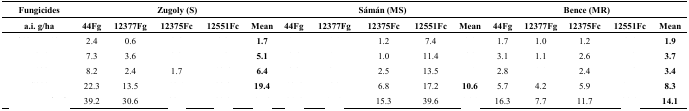
<table><thead><tr><td><b>Fungicides</b></td><td colspan="5"><b>Zugoly (S)</b></td><td colspan="5"><b>Sámán (MS)</b></td><td colspan="5"><b>Bence (MR)</b></td></tr><tr><td><b>a.i. g/ha</b></td><td><b>44Fg</b></td><td><b>12377Fg</b></td><td><b>12375Fc</b></td><td><b>12551Fc</b></td><td><b>Mean</b></td><td><b>44Fg</b></td><td><b>12377Fg</b></td><td><b>12375Fc</b></td><td><b>12551Fc</b></td><td><b>Mean</b></td><td><b>44Fg</b></td><td><b>12377Fg</b></td><td><b>12375Fc</b></td><td><b>12551Fc</b></td><td><b>Mean</b></td></tr></thead><tbody><tr><td>[EMPTY_CELL]</td><td>2.4</td><td>0.6</td><td>[EMPTY_CELL]</td><td>[EMPTY_CELL]</td><td><b>1.7</b></td><td>[EMPTY_CELL]</td><td>[EMPTY_CELL]</td><td>1.2</td><td>7.4</td><td>[EMPTY_CELL]</td><td>1.7</td><td>1.0</td><td>1.2</td><td>[EMPTY_CELL]</td><td><b>1.9</b></td></tr><tr><td>[EMPTY_CELL]</td><td>7.3</td><td>3.6</td><td>[EMPTY_CELL]</td><td>[EMPTY_CELL]</td><td><b>5.1</b></td><td>[EMPTY_CELL]</td><td>[EMPTY_CELL]</td><td>1.0</td><td>11.4</td><td>[EMPTY_CELL]</td><td>3.1</td><td>1.1</td><td>2.6</td><td>[EMPTY_CELL]</td><td><b>3.7</b></td></tr><tr><td>[EMPTY_CELL]</td><td>8.2</td><td>2.4</td><td>1.7</td><td>[EMPTY_CELL]</td><td><b>6.4</b></td><td>[EMPTY_CELL]</td><td>[EMPTY_CELL]</td><td>2.5</td><td>13.5</td><td>[EMPTY_CELL]</td><td>2.8</td><td>[EMPTY_CELL]</td><td>2.4</td><td>[EMPTY_CELL]</td><td><b>3.4</b></td></tr><tr><td>[EMPTY_CELL]</td><td>22.3</td><td>13.5</td><td>[EMPTY_CELL]</td><td>[EMPTY_CELL]</td><td><b>19.4</b></td><td>[EMPTY_CELL]</td><td>[EMPTY_CELL]</td><td>6.8</td><td>17.2</td><td><b>10.6</b></td><td>5.7</td><td>4.2</td><td>5.9</td><td>[EMPTY_CELL]</td><td><b>8.3</b></td></tr><tr><td>[EMPTY_CELL]</td><td>39.2</td><td>30.6</td><td>[EMPTY_CELL]</td><td>[EMPTY_CELL]</td><td>[EMPTY_CELL]</td><td>[EMPTY_CELL]</td><td>[EMPTY_CELL]</td><td>15.3</td><td>39.6</td><td>[EMPTY_CELL]</td><td>16.3</td><td>7.7</td><td>11.7</td><td>[EMPTY_CELL]</td><td><b>14.1</b></td></tr></tbody></table>